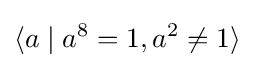
\langle a\mid a^{8}=1,a^{2}\neq 1\rangle